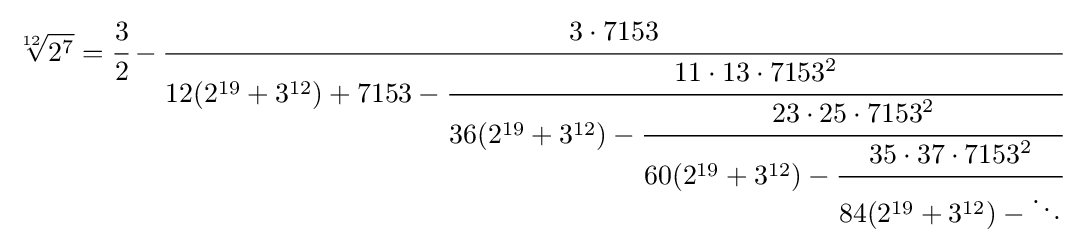
{\sqrt[{12}]{2^{7}}}={\cfrac {3}{2}}-{\cfrac {3\cdot 7153}{12(2^{19}+3^{12})+7153-{\cfrac {11\cdot 13\cdot 7153^{2}}{36(2^{19}+3^{12})-{\cfrac {23\cdot 25\cdot 7153^{2}}{60(2^{19}+3^{12})-{\cfrac {35\cdot 37\cdot 7153^{2}}{84(2^{19}+3^{12})-\ddots }}}}}}}}